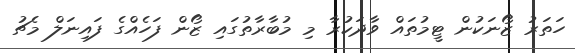
ހަތަރު ޒޯނަކުން ޓީމުތައް ވާދަކުރާ މި މުބާރާތުގައި ޒޯން ފަހެއްގެ ފައިނަލް މެޗު